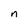
Character: n